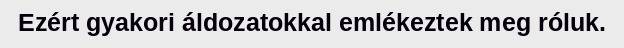
Ezért gyakori áldozatokkal emlékeztek meg róluk.